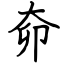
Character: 奅